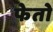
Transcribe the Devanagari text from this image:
फेतो